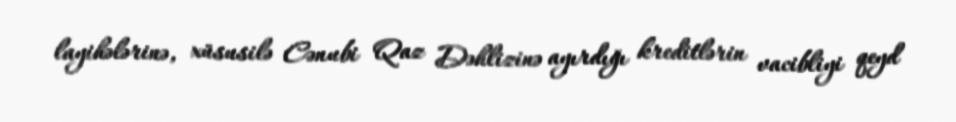
layihələrinə, xüsusilə Cənubi Qaz Dəhlizinə ayırdığı kreditlərin vacibliyi qeyd